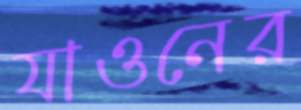
যাওনের